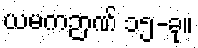
ယမကဉာဏ် ၁၅-ခု။